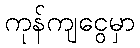
ကုန်ကျငွေမှာ